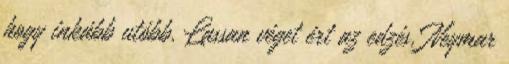
hogy inkább utóbb. Lassan véget ért az edzés, Neymar